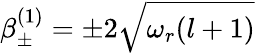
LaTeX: \beta_{\pm}^{(1)}=\pm 2\sqrt{\omega_{r}(l+1)}